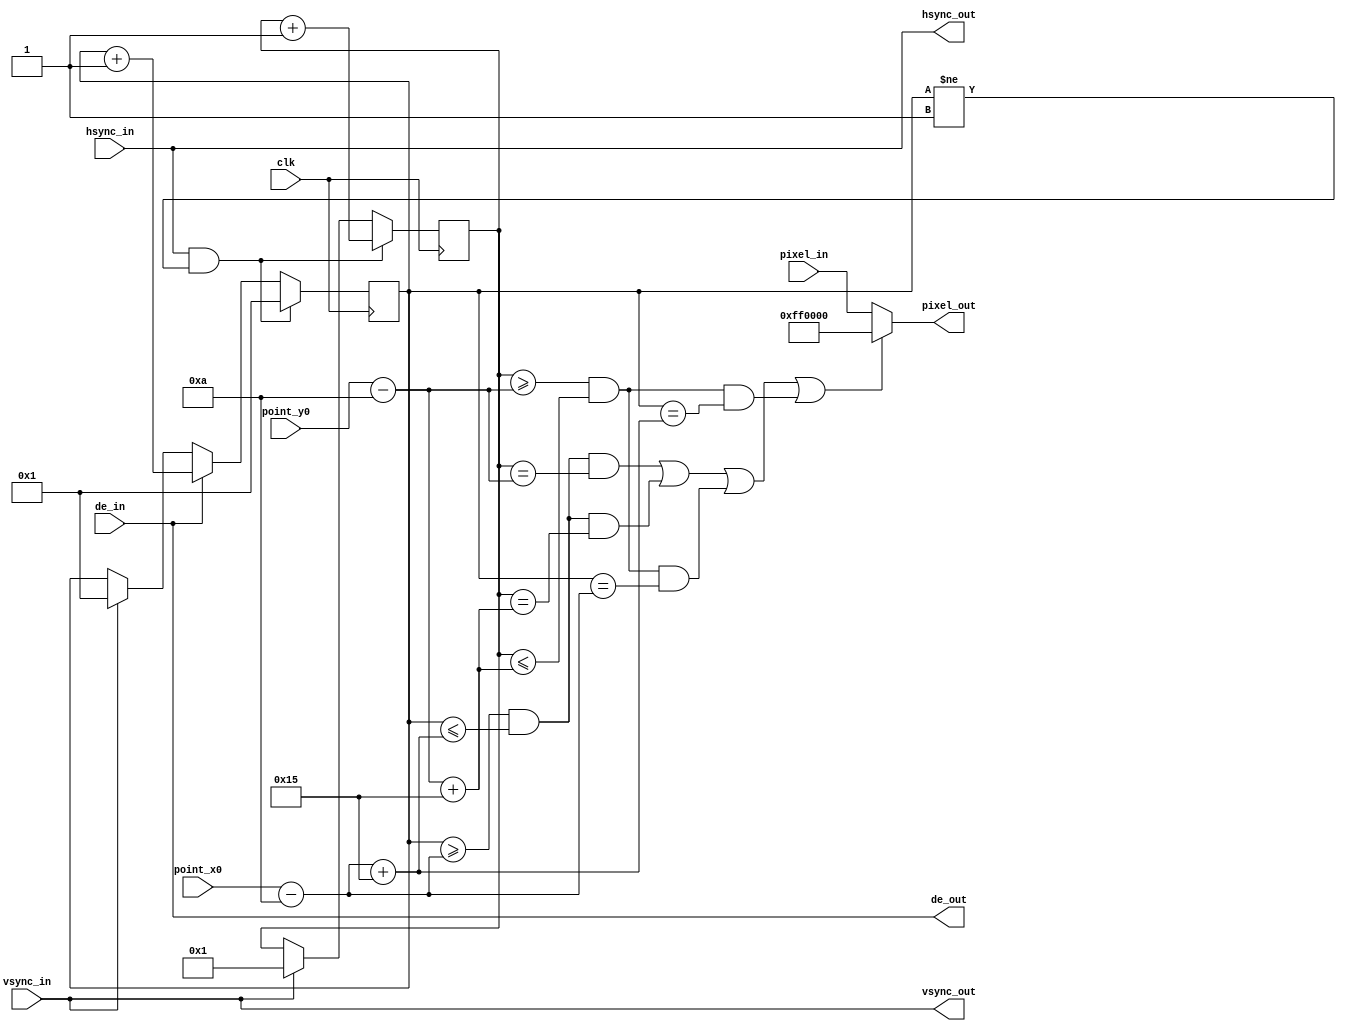
`timescale 1ns / 1ps
//////////////////////////////////////////////////////////////////////////////////
// Company: 
// Engineer: 
// 
// Design Name: 
// Module Name: wysw
// Project Name: 
// Target Devices: 
// Tool Versions: 
// Description: 
// 
// Dependencies: 
// 
// Revision:
// Revision 0.01 - File Created
// Additional Comments:
// 
//////////////////////////////////////////////////////////////////////////////////


module wysw_box(

    input clk,
    input de_in,
    input hsync_in,
    input vsync_in,
    input [11 : 0] point_x0,  //left-up corner of box
    input [10 : 0] point_y0,
    input [23 : 0] pixel_in,
    
    output de_out,
    output hsync_out,
    output vsync_out,
    output [23 : 0] pixel_out
);
    
    reg [11 : 0] x_pos = 1;
    reg [10 : 0] y_pos = 1;
    
    wire [11 : 0] x0;
    wire [10 : 0] y0;
    wire [10 : 0] width = 11'd21;
    wire [10 : 0] height = 11'd21;

    always @(posedge clk)
    begin
        
        if(vsync_in == 1)
        begin
            
            x_pos <= 1;
            y_pos <= 1;
        end
        
        if(de_in == 1)
            x_pos <= x_pos + 1;
        
        if(hsync_in == 1 && x_pos != 1)
        begin
        
            x_pos <= 1;
            y_pos <= y_pos + 1;
        end  
    end
    
    
    assign x0 = point_x0 - 12'd10;
    assign y0 = point_y0 - 11'd10;
    
    
    assign de_out = de_in;
    assign hsync_out = hsync_in;
    assign vsync_out = vsync_in;
    assign pixel_out = ((x_pos >= x0 && x_pos <= x0+width && y_pos == y0) || (x_pos >= x0 && x_pos <= x0+width && y_pos == y0+height) || (y_pos >= y0 && y_pos <= y0+height && x_pos == x0) || (y_pos >= y0 && y_pos <= y0+height && x_pos == x0+width)) ? {8'hff, 8'b0, 8'b0} : pixel_in;
endmodule